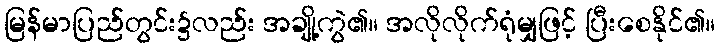
မြန်မာပြည်တွင်း၌လည်း အချို့ကွဲ၏။ အလိုလိုက်ရုံမျှဖြင့် ပြီးစေနိုင်၏။